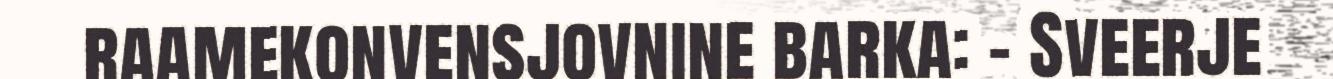
raamekonvensjovnine barka: - Sveerje